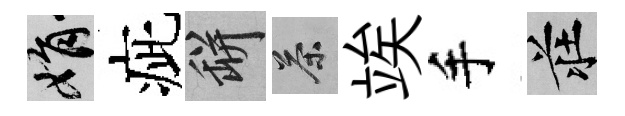
娟疵瓶茶竢手莊